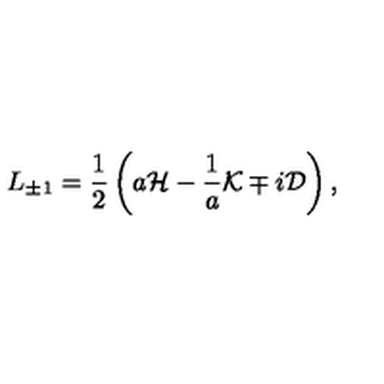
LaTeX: L _ { \pm 1 } = { \frac { 1 } { 2 } } \left( a { \cal H } - { \frac { 1 } { a } } { \cal K } \mp i { \cal D } \right) ,